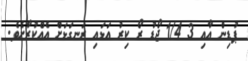
ޕުޑިން އާއި 3 1/4 ޖޯޑު ރޯ ކިރު އަޅައި ރަނގަޅަށް އެއްކުރާށެވެ.